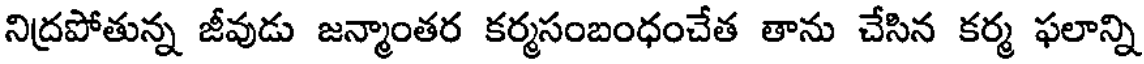
నిద్రపోతున్న జీవుడు జన్మాంతర కర్మసంబంధంచేత తాను చేసిన కర్మ ఫలాన్ని